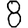
Digit: 8